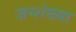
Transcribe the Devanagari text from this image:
जन्शंख्या